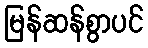
မြန်ဆန်စွာပင်